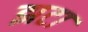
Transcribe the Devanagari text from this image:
झटा